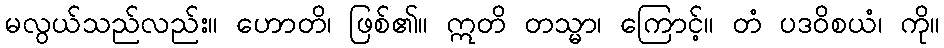
မလွယ်သည်လည်း။ ဟောတိ၊ ဖြစ်၏။ ဣတိ တသ္မာ၊ ကြောင့်။ တံ ပဒဝိစယံ၊ ကို။